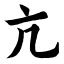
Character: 亢